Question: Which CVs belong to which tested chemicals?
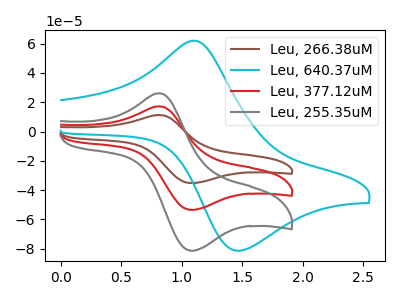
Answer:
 <answer>The brown curve is labeled "Leu, 266.38uM". The cyan curve is labeled "Leu, 640.37uM". The red curve is labeled "Leu, 377.12uM". The gray curve is labeled "Leu, 255.35uM".</answer>
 <eval></eval>